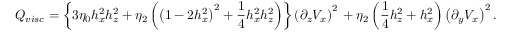
Q _ { v i s c } = \left\{ 3 \eta _ { 0 } h _ { x } ^ { 2 } h _ { z } ^ { 2 } + \eta _ { 2 } \left( \left( 1 - 2 h _ { x } ^ { 2 } \right) ^ { 2 } + \frac { 1 } { 4 } h _ { x } ^ { 2 } h _ { z } ^ { 2 } \right) \right\} \left( \partial _ { z } V _ { x } \right) ^ { 2 } \, + \eta _ { 2 } \left( \frac { 1 } { 4 } h _ { z } ^ { 2 } + h _ { x } ^ { 2 } \right) \left( \partial _ { y } V _ { x } \right) ^ { 2 } .